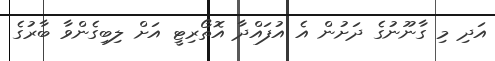
އަދި މި ގާނޫނުގެ ދަށުން އެ އުފައްދާ އޮތޯރިޓީ އަށް ލިބިގެންވާ ބާރުގެ